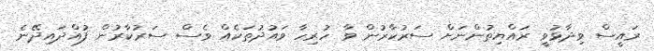
ރައީސް ވިދާޅުވީ ރައްޔިތުންނަށް ސަރުކާރުން ވާ ހުރިހާ ވައުދުތަކެއް ވެސް ސަރުކާރުން ފުއްދައިދޭނެ